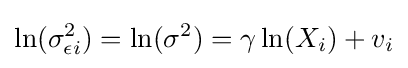
\operatorname {ln} (\sigma _{\epsilon i}^{2})=\operatorname {ln} (\sigma ^{2})=\gamma \operatorname {ln} (X_{i})+v_{i}